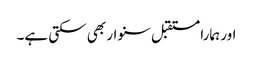
اور ہمارا مستقبل سنوار بھی سکتی ہے۔